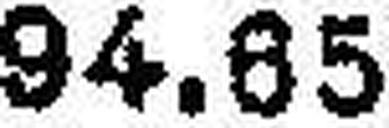
94.85